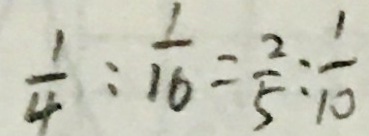
\frac { 1 } { 4 } : \frac { 1 } { 1 6 } = \frac { 2 } { 5 } : \frac { 1 } { 1 0 }